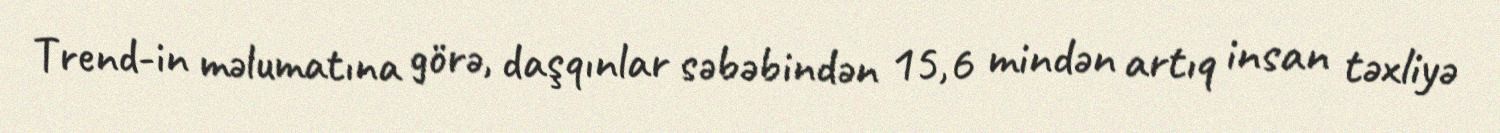
Trend-in məlumatına görə, daşqınlar səbəbindən 15,6 mindən artıq insan təxliyə